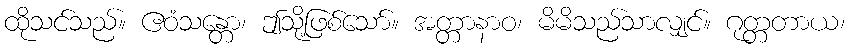
ထိုသင်သည်။ ဧဝံသန္တော၊ ဤသို့ဖြစ်သော်။ အတ္တာနာဝ၊ မိမိသည်သာလျှင်။ ဂုတ္တတာယ၊